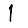
Digit: 1